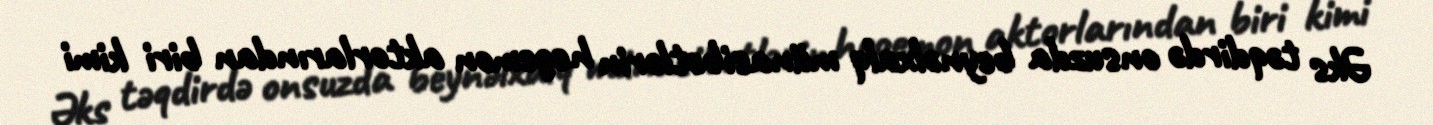
Əks təqdirdə onsuzda beynəlxalq münasibətlərin hegemon aktorlarından biri kimi